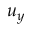
u _ { y }